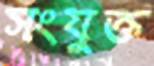
সংযুক্ত